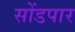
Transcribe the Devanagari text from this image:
सोंडपार